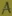
Text: A